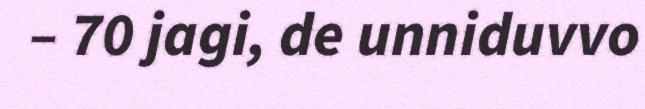
– 70 jagi, de unniduvvo